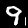
Label: 9